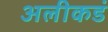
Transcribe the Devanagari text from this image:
अलीकडं